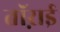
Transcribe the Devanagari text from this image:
तॉऱाई